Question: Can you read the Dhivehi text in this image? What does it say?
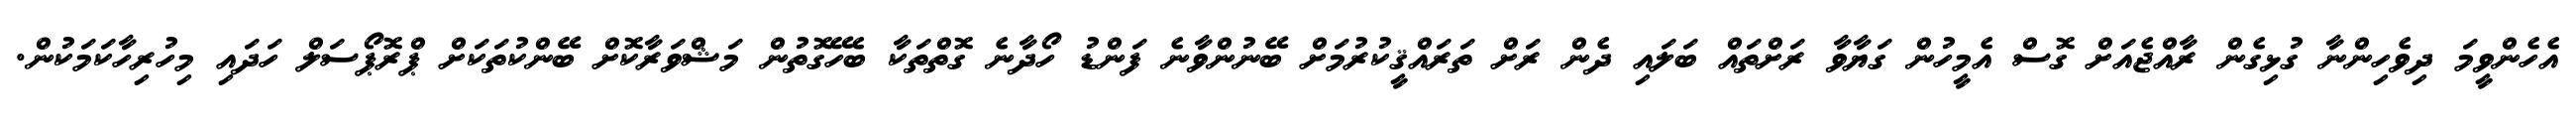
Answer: އެހެންވީމަ ދިވެހިންނާ ގުޅިގެން ރާއްޖެއަށް ގޮސް އެމީހުން ގަޔާވާ ރަށްތައް ބަލައި ދެން ރަށް ތަރައްޤީކުރުމަށް ބޭނުންވާނެ ފަންޑު ހޯދާނެ ގޮތްތަކާ ބެހޭގޮތުން މަޝްވަރާކޮށް ބޭންކުތަކަށް ޕްރޮޕޯސަލް ހަދައި މިހުރިހާކަމަކުން.